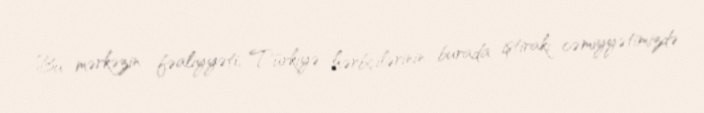
Bu mərkəzin fəaliyyəti, Türkiyə hərbçilərinin burada iştirakı cəmiyyətimizdə